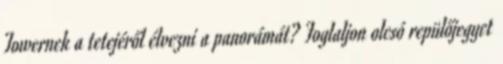
Towernek a tetejéről élvezni a panorámát? Foglaljon olcsó repülőjegyet